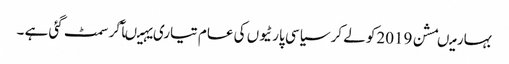
بہار میںمشن 2019کو لے کر سیاسی پارٹیوں کی عام تیاری یہیںآکر سمٹ گئی ہے ۔